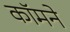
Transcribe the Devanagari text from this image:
कॉमने